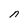
Character: n